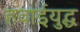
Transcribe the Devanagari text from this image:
हवाईयुद्ध